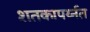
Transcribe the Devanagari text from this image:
शतकापर्य्नत